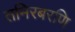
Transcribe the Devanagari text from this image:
तमिरबरणि